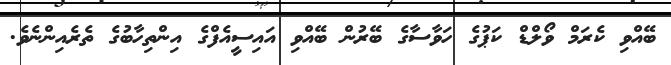
ބޭއްވި ކެރަމް ވޯލްޑް ކަޕުގެ ހަވާސާގެ ބޭރުން ބޭއްވި އައިސީއެފްގެ އިންތިހާބުގެ ތެރެއިންނެވެ.